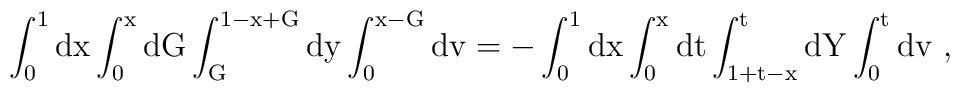
\rm \int^1_0 dx \int^x_0 dG\int^{1-x+G}_G dy \int^{x-G}_0 dv = -\int^1_0dx \int^x_0 dt \int^t_{1+t-x} dY \int^t_0 dv~,